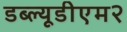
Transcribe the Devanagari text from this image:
डब्ल्यूडीएम२